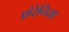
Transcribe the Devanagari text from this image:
फ़ेरेनिया